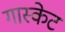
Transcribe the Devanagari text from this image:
गास्केट